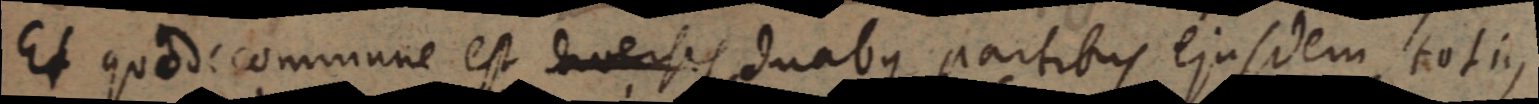
Et quod commune est diversis duabus partibus ejusdem totius